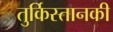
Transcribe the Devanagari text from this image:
तुर्किस्तानकी